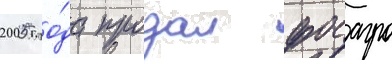
2005 го́да продал фосагро